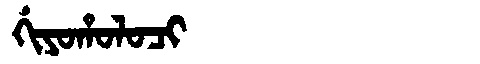
Manchu: ᡤᡳᠶᠣᡥᠣᠯᠣᠴᡳ
Romanization: GIYOHOLOCI